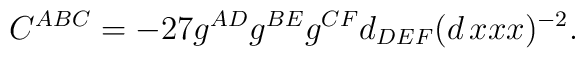
C^{ABC} = -27 g^{AD}g^{BE}g^{CF}d_{DEF}(d\,xxx)^{-2}.